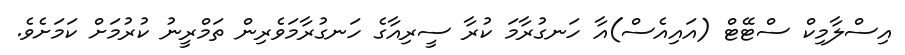
އިސްލާމިކް ސްޓޭޓް (އައިއެސް)އާ ހަނގުރާމަ ކުރާ ސީރިއާގެ ހަނގުރާމަވެރިން ތަމްރީނު ކުރުމަށް ކަމަށެވެ.